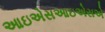
આઇએસઆઇએસએ